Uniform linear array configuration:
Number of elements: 4
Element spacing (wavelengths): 1
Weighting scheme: hann
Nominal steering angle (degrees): -60
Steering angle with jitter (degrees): -58.37
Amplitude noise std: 0.05
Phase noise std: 0.05

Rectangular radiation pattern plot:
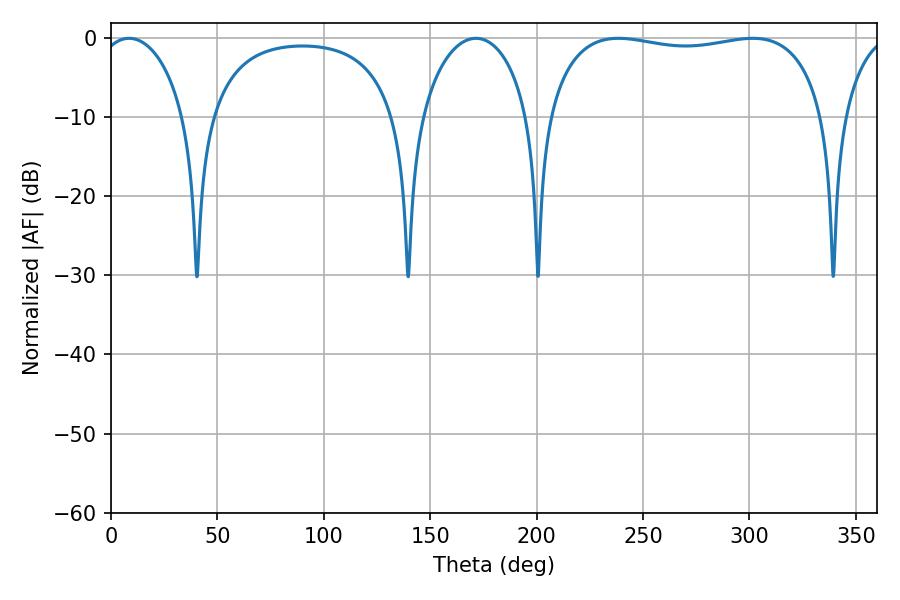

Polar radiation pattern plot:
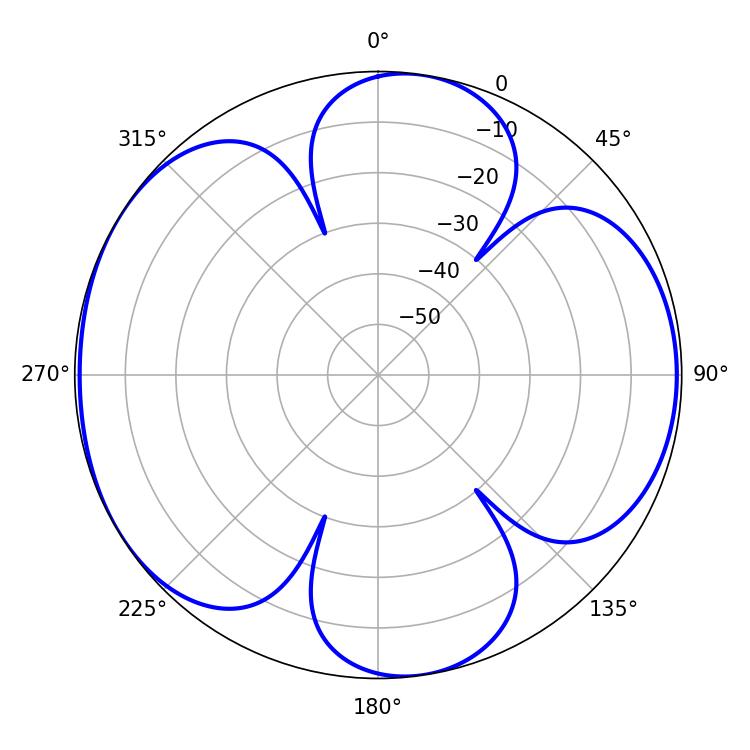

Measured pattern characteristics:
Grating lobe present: TRUE
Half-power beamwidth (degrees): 105.84
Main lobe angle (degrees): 238.5